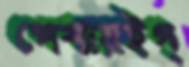
পেশায়ইপ্